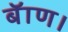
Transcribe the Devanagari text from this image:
बॅाण।